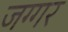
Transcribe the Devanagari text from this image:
जग्गर